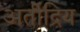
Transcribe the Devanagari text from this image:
अतीेंद्रिय